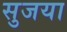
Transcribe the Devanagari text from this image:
सुजया